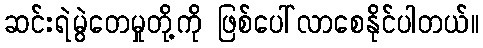
ဆင်းရဲမွဲတေမှုတို့ကို ဖြစ်ပေါ်လာစေနိုင်ပါတယ်။